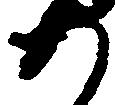
あ